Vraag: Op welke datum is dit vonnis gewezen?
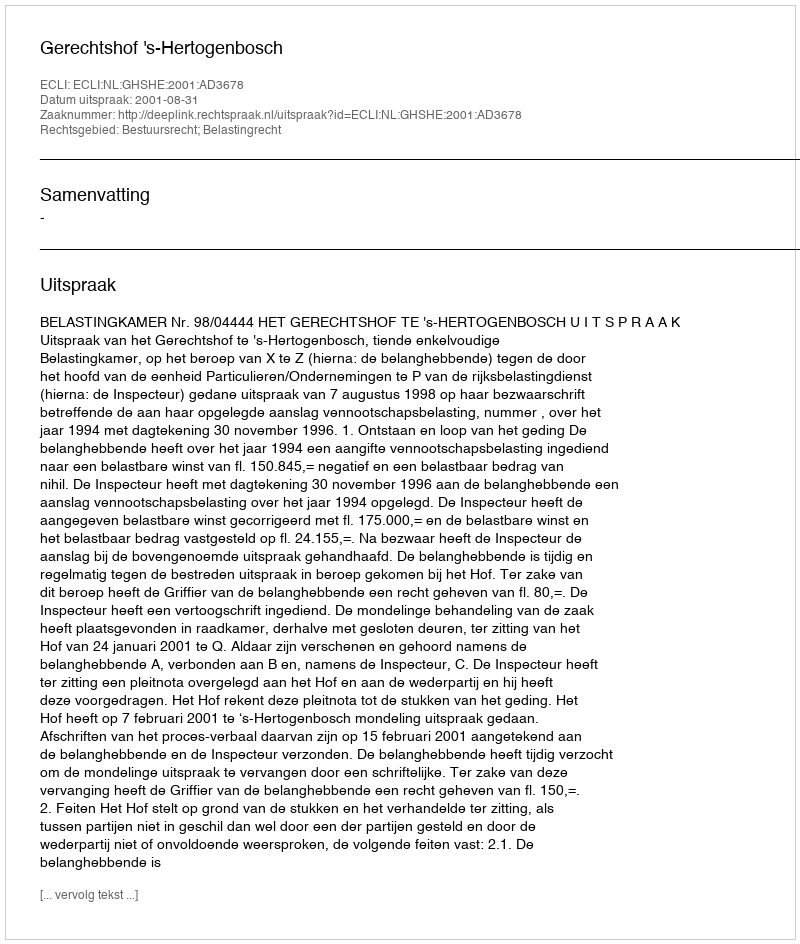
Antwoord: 2001-08-31